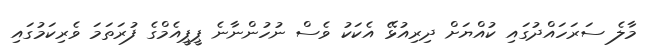
މާލެ ސަރަހައްދުގައި ކުއްޔަށް ދިރިއުޅޭ އެކަކު ވެސް ނުހުންނާނެ ޕީޕީއެމްގެ ފުރަތަމަ ވެރިކަމުގައި